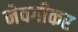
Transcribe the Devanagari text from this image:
नेवगीकर